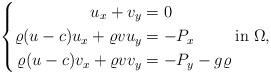
LaTeX: \begin{align*} \left\{ \begin{aligned} u_x+v_y&=0 \\ \varrho(u-c)u_x+\varrho v u_y&=-P_x \\\varrho(u-c)v_x+\varrho v v_y&=-P_y-g\varrho\\\end{aligned} \right. \textup{in} \; \Omega,\end{align*}